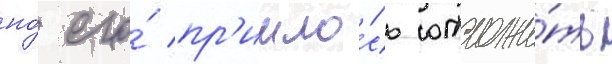
но́ его́ пр'ишло́сь отложи́ть